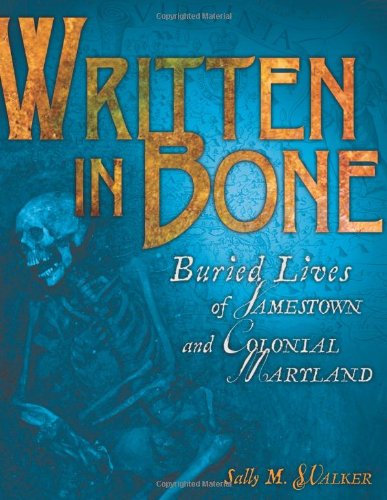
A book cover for Written in Bone: Buried Lives of Jamestown and Colonial Maryland (Exceptional Social Studies Titles for Intermediate Grades); Sally M. Walker; Children's Books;